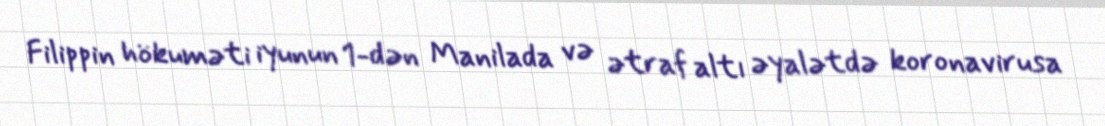
Filippin hökuməti iyunun 1-dən Manilada və ətraf altı əyalətdə koronavirusa